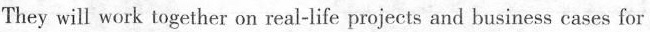
They will work together on real-life projects and business cases for